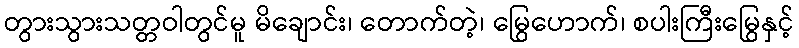
တွားသွားသတ္တဝါတွင်မူ မိချောင်း၊ တောက်တဲ့၊ မြွေဟောက်၊ စပါးကြီးမြွေနှင့်